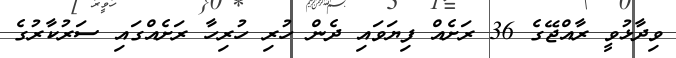
ވިދާޅުވީ ރާއްޖޭގެ 36 ރަށެއް ފިޔަވައި ދެން ހުރި ހުރިހާ ރަށެއްގައި ސަރުކާރުގެ